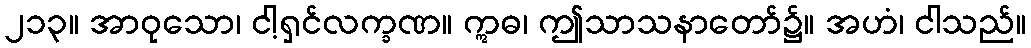
၂၁၃။ အာဝုသော၊ ငါ့ရှင်လက္ခဏ။ ဣဓ၊ ဤသာသနာတော်၌။ အဟံ၊ ငါသည်။